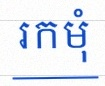
រកមុំ